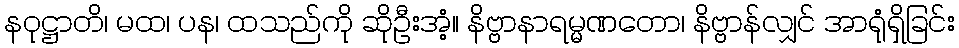
နဝုဋ္ဌာတိ၊ မထ၊ ပန၊ ထသည်ကို ဆိုဦးအံ့။ နိဗ္ဗာနာရမ္မဏတော၊ နိဗ္ဗာန်လျှင် အာရုံရှိခြင်း